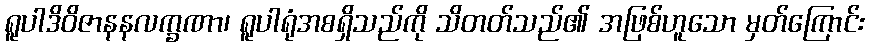
ရူပါဒိဝိဇာနနလက္ခဏာ၊ ရူပါရုံအစရှိသည်ကို သိတတ်သည်၏ အဖြစ်ဟူသော မှတ်ကြောင်း